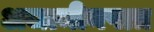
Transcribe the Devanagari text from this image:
अजामीनपात्र